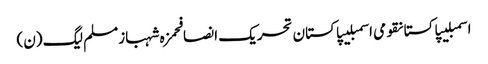
اسمبلیپاکستانقومی اسمبلیپاکستان تحریک انصافحمزہ شہبازمسلم لیگ (ن)